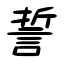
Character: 誓